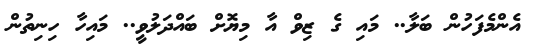
އެންމެފަހުން ބަލާ.. މައި ގެ ޒިވް އާ މިޔޮށް ބައްދަލުވީ.. މައިހާ ހިނިތުން